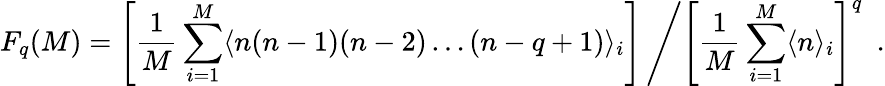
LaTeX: F_{q}(M)=\left[\frac{1}{M}\sum_{i=1}^{M}\langle n(n-1)(n-2)\ldots(n-q+1)\rangle_{i}\right]\left/\left[\frac{1}{M}\sum_{i=1}^{M}\langle n\rangle_{i}\right]^{q}\right.\ \ .